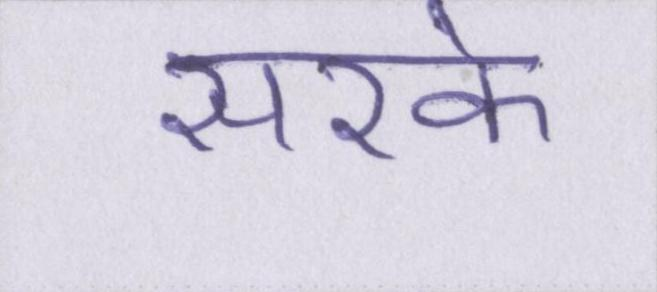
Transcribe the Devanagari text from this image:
सरके